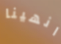
انهينا